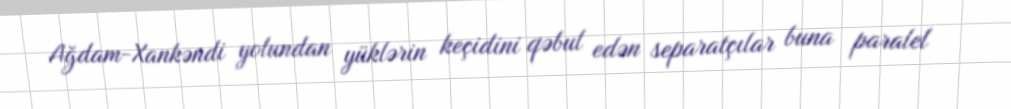
Ağdam-Xankəndi yolundan yüklərin keçidini qəbul edən separatçılar buna paralel